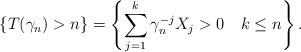
LaTeX: \begin{align*} \{T(\gamma_n)>n\}=\left\{\sum_{j=1}^k \gamma_n^{-j}X_j>0\ \ \ k\le n\right\}.\end{align*}